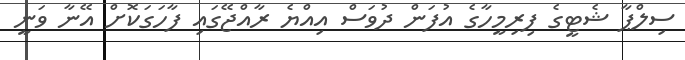
ސިލްޕާ ޝެޓީގެ ފިރިމީހާގެ އުފަން ދުވަސް އިއްޔެ ރާއްޖޭގައި ފާހަގަކޮށް އޭނާ ވަނީ